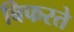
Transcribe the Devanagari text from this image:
बिफरते